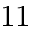
1 1